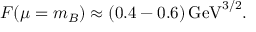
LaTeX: F ( \mu = m _ { B } ) \approx ( 0 . 4 - 0 . 6 ) \, \mathrm { G e V } ^ { 3 / 2 } .